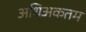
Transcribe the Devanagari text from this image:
अधिअकतम